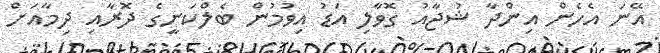
އޭނަ އެހެން އިންދާ ޝުޖާއު ގޮވާލި އަޑު އިވުމުން ބެލްކަނީގެ ދޮރާއި ދިމާއަށް